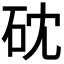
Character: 𥑀